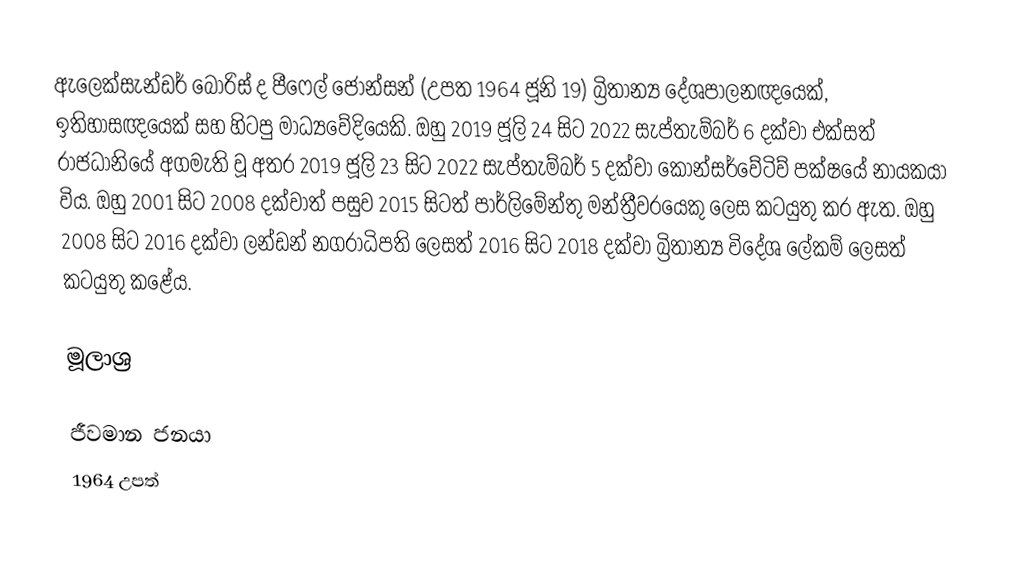
ඇලෙක්සැන්ඩර් බොරිස් ද පීෆෙල් ජොන්සන් (උපත 1964 ජූනි 19) බ්‍රිතාන්‍ය දේශපාලනඥයෙක්, ඉතිහාසඥයෙක් සහ හිටපු මාධ්‍යවේදියෙකි. ඔහු 2019 ජූලි 24 සිට 2022 සැප්තැම්බර් 6 දක්වා එක්සත් රාජධානියේ අගමැති වූ අතර 2019 ජූලි 23 සිට 2022 සැප්තැම්බර් 5 දක්වා කොන්සර්වේටිව් පක්ෂයේ නායකයා විය. ඔහු 2001 සිට 2008 දක්වාත් පසුව 2015 සිටත් පාර්ලිමේන්තු මන්ත්‍රීවරයෙකු ලෙස කටයුතු කර ඇත. ඔහු 2008 සිට 2016 දක්වා ලන්ඩන් නගරාධිපති ලෙසත් 2016 සිට 2018 දක්වා බ්‍රිතාන්‍ය විදේශ ලේකම් ලෙසත් කටයුතු කළේය.

මූලාශ්‍ර

ජීවමාන ජනයා
1964 උපත්